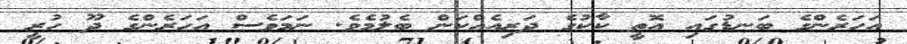
އަހަރެންގެ ބަނޑުގައި އޮތީ ކާކުގެ ދަރިއެއްކަން ބެލުމެވެ. ނަމަވެސް އަހަރެންގެ ދޫ ހުރީ